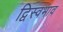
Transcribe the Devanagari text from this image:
द्विस्‍वभाव